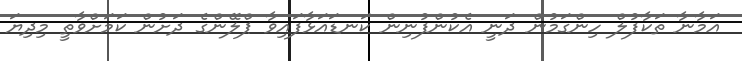
އަމާނާ ތަކާފުލް ހިންގަމުން ދަނީ އެކުންފުނިން ކަނޑައަޅާފައިވާ ޕްލޭންގެ ދަށުން ކަމަށްވާތީ މިދިޔަ